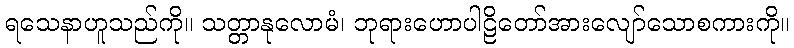
ရသေနာဟူသည်ကို။ သတ္တာနုလောမံ၊ ဘုရားဟောပါဠိတော်အားလျော်သောစကားကို။